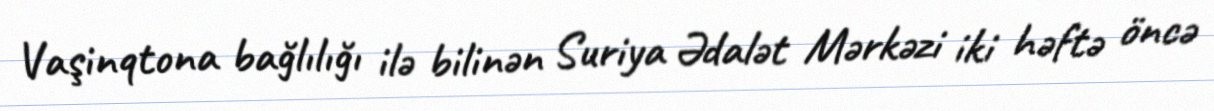
Vaşinqtona bağlılığı ilə bilinən Suriya Ədalət Mərkəzi iki həftə öncə